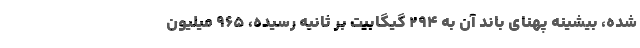
شده، بیشینه پهنای باند آن به ۲۹۴ گیگابیت بر ثانیه رسیده، ۹۶۵ میلیون